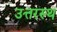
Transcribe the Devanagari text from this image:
उत्तरस्थ